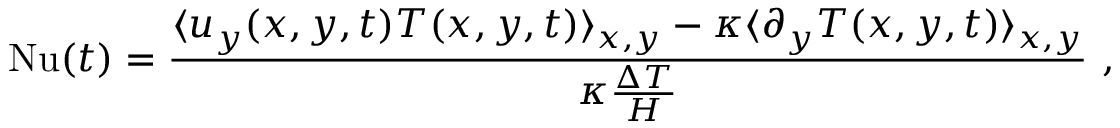
\mathrm { N u } ( t ) = \frac { \langle u _ { y } ( x , y , t ) T ( x , y , t ) \rangle _ { x , y } - \kappa \langle \partial _ { y } T ( x , y , t ) \rangle _ { x , y } } { \kappa \frac { \Delta T } { H } } \ ,